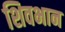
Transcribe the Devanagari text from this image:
शिवभान